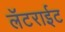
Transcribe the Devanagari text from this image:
लॅटराईट